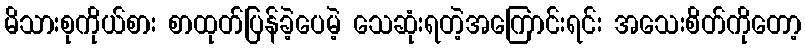
မိသားစုကိုယ်စား စာထုတ်ပြန်ခဲ့ပေမဲ့ သေဆုံးရတဲ့အကြောင်းရင်း အသေးစိတ်ကိုတော့